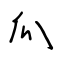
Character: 瓜